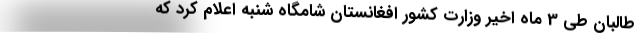
طالبان طی 3 ماه اخیر وزارت کشور افغانستان شامگاه شنبه اعلام کرد که